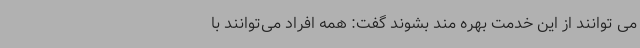
می توانند از این خدمت بهره مند بشوند گفت: همه افراد می‌توانند با